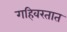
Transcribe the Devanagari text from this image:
गहिवरतात